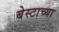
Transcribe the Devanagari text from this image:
बेस्टाच्या